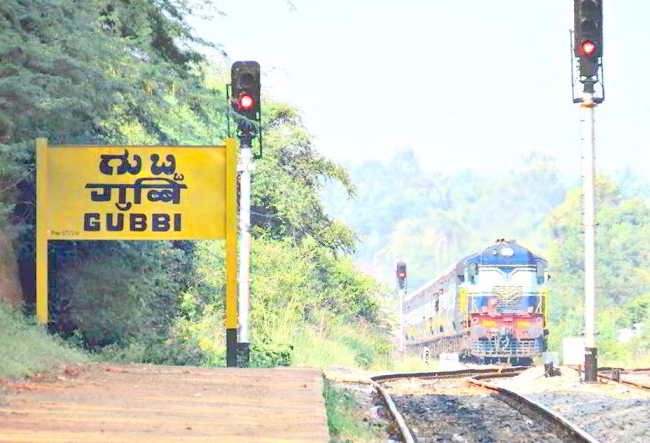
Language: marathi
Transcription: गुब्बि